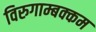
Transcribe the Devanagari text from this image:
विरुगाम्बक्कम